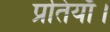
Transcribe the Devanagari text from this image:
प्रतियाँ।